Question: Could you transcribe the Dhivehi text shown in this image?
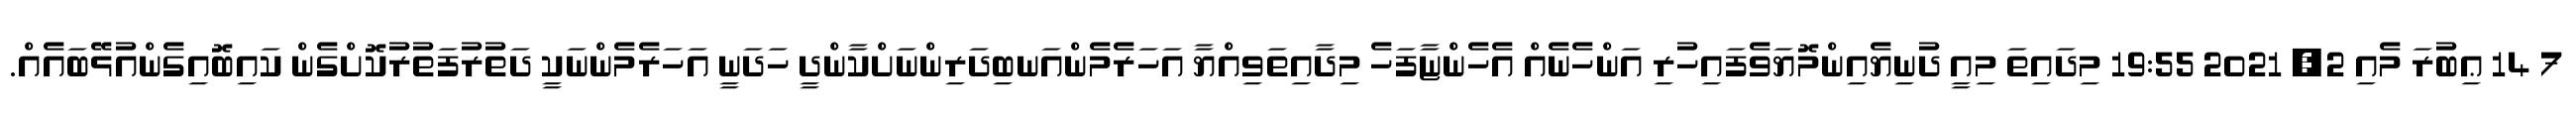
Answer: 7 14 ޢިބުރަ މެއި 2, 2021 19:55 މިދައިތަ މިއީ ދުނިޔެއިންމޮޔަވެފައިހުރި އަންހެނެއް އެހެންޏާފަހެ މިދާއިތަވިއްޔާ އަހަރެމެންއަނބިދަރިންނަށްކާންދީ ހަދަނީ އަހަރެމެންނަކީ ދަތުރުފަތުރުކޮށްގެން ކައިބޮއިގެންއުޅޭބައެއް.